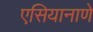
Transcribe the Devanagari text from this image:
एसियानाणे